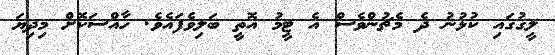
ލީގުގައި ކުޅުނު ދެ މެޗުންވެސް އެ ޓީމު އޮތީ ބަލިވެފައެވެ. ހާއްސަކޮށް މިދިޔަ